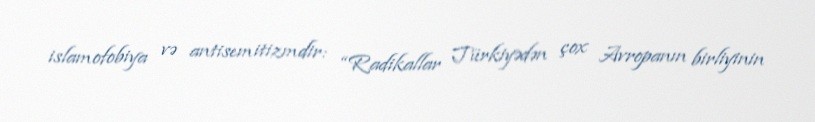
islamofobiya və antisemitizmdir: “Radikallar Türkiyədən çox Avropanın birliyinin